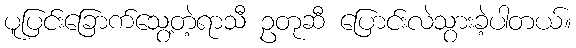
ပူပြင်းခြောက်သွေ့တဲ့ရာသီ ဥတုဆီ ပြောင်းလဲသွားခဲ့ပါတယ်။